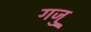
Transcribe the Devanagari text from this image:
गजु